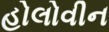
હોલોવીન